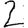
Digit: 2